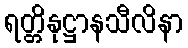
ရတ္တိနုဋ္ဌာနသီလိနာ